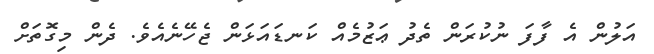
އަލުން އެ ފާފަ ނުކުރަން ތެދު ޢަޒުމެއް ކަނޑައަޅަން ޖެހޭނެއެވެ. ދެން މިގޮތަށް